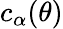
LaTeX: c_{\alpha}(\theta)